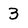
Character: 3